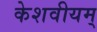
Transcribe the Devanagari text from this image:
केशवीयम्